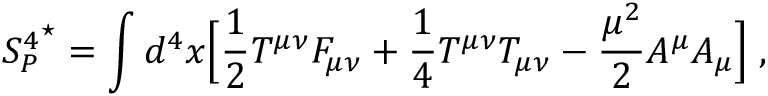
{ S _ { P } ^ { 4 } } ^ { \star } = \int d ^ { 4 } x \Bigl [ { \frac { 1 } { 2 } } T ^ { \mu \nu } F _ { \mu \nu } + { \frac { 1 } { 4 } } T ^ { \mu \nu } T _ { \mu \nu } - { \frac { { \mu } ^ { 2 } } { 2 } } A ^ { \mu } A _ { \mu } \Bigl ] \; ,